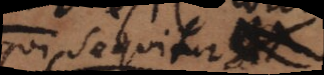
qui sequitur